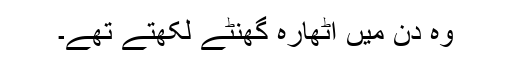
وہ دن میں اٹھارہ گھنٹے لکھتے تھے۔